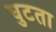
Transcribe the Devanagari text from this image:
घुटता